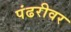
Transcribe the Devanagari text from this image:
पंढरीवर